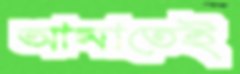
আমাতেই